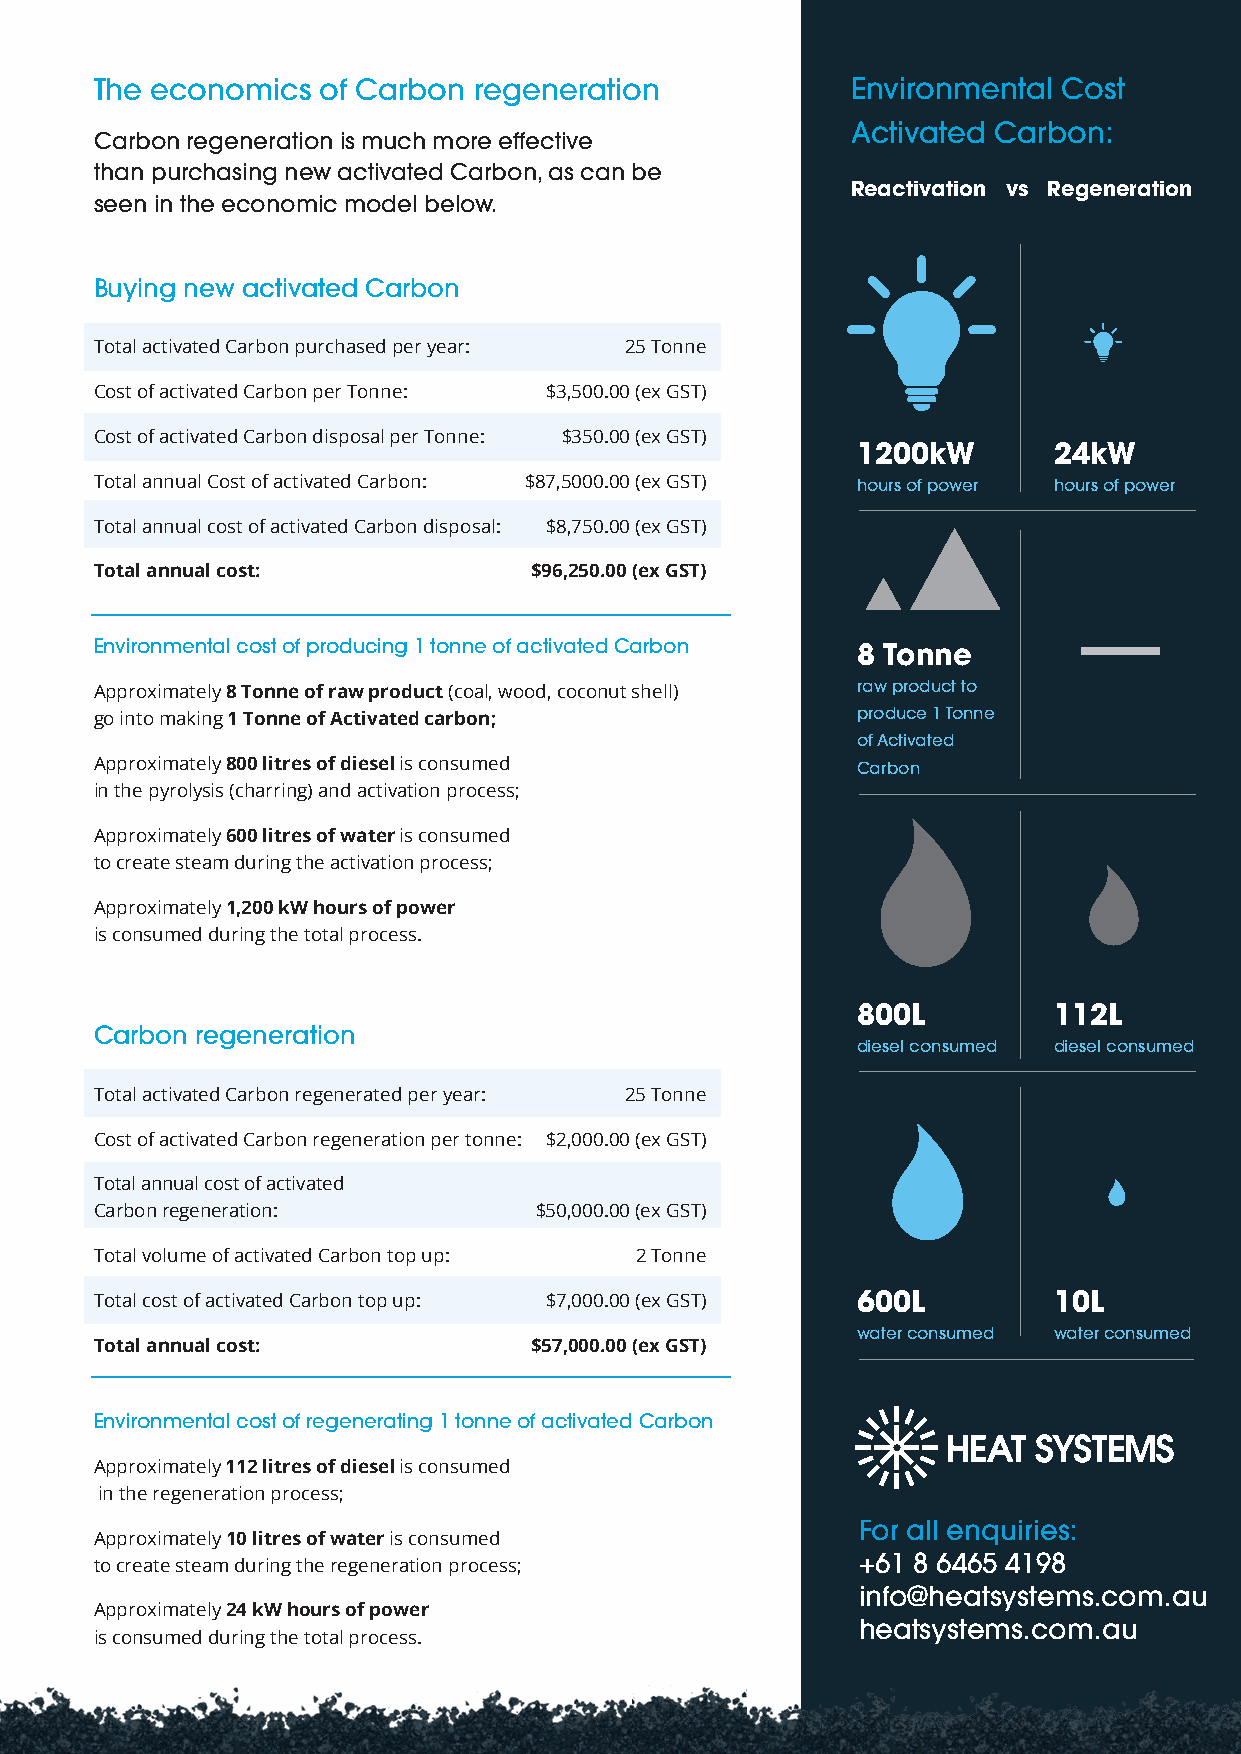
The economics  of Carbon regeneration             Environmental Cost
 Activated Carbon:
 Carbon regeneration is much more effective
 than purchasing new activated Carbon, as can be
 Reactivation vs Regeneration
 seen in the economic model below.
 Buying new activated Carbon
 Total activated Carbon purchased per year: 25 Tonne
 Cost of activated Carbon per Tonne: $3,500.00 (ex GST)
 Cost of activated Carbon disposal per Tonne: $350.00 (ex GST)
 1200kW       24kW
 Total annual Cost of activated Carbon: $87,5000.00 (ex GST) hours of power hours of power
 Total annual cost of activated Carbon disposal: $8,750.00 (ex GST)
 Total annual cost:           $96,250.00 (ex GST)
 Environmental cost of producing 1 tonne of activated Carbon 8 Tonne
 Approximately 8 Tonne of raw product (coal, wood, coconut shell) raw product to
 go into making 1 Tonne of Activated carbon;        produce 1 Tonne
 of Activated
 Approximately 800 litres of diesel is consumed     Carbon
 in the pyrolysis (charring) and activation process;
 Approximately 600 litres of water is consumed
 to create steam during the activation process;
 Approximately 1,200 kW hours of power
 is consumed during the total process.
 800L         112L
 Carbon regeneration
 diesel consumed diesel consumed
 Total activated Carbon regenerated per year: 25 Tonne
 Cost of activated Carbon regeneration per tonne: $2,000.00 (ex GST)
 Total annual cost of activated
 Carbon regeneration:         $50,000.00 (ex GST)
 Total volume of activated Carbon top up: 2 Tonne
 Total cost of activated Carbon top up: $7,000.00 (ex GST) 600L  10L
 water consumed water consumed
 Total annual cost:           $57,000.00 (ex GST)
 Environmental cost of regenerating 1 tonne of activated Carbon
 Approximately 112 litres of diesel is consumed
 in the regeneration process;
 For all enquiries:
 Approximately 10 litres of water is consumed
 to create steam during the regeneration process;   +61 8 6465 4198
 info@heatsystems.com.au
 Approximately 24 kW hours of power
 heatsystems.com.au
 is consumed during the total process.